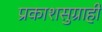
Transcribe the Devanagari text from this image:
प्रकाशसुग्राही